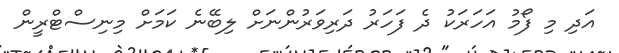
އަދި މި ފޯމު އަހަރަކު ދެ ފަހަރު ދަރިވަރުންނަށް ލިބޭނެ ކަމަށް މިނިސްޓްރީން